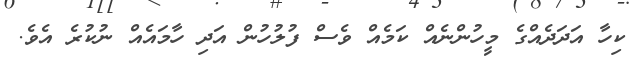
ކިހާ އަދަދެއްގެ މީހުންނެއް ކަމެއް ވެސް ފުލުހުން އަދި ހާމައެއް ނުކުރެ އެވެ.